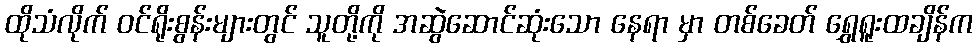
ထိုသံလိုက် ဝင်ရိုးစွန်းများတွင် သူတို့ကို အဆွဲဆောင်ဆုံးသော နေရာ မှာ တစ်ခေတ် ရွှေရူးထချိန်က